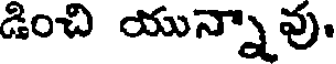
డించి యున్నావు.